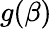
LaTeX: g(\beta)